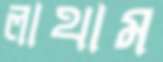
লাথাম